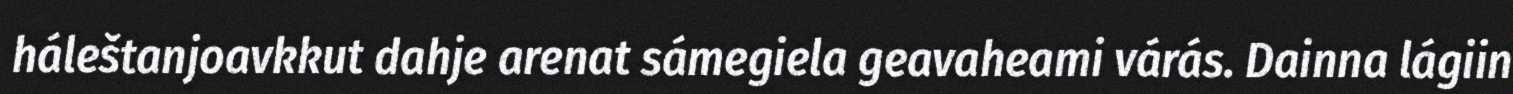
háleštanjoavkkut dahje arenat sámegiela geavaheami várás. Dainna lágiin